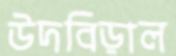
উদবিড়াল